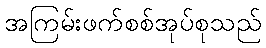
အကြမ်းဖက်စစ်အုပ်စုသည်